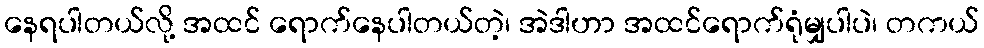
နေရပါတယ်လို့ အထင် ရောက်နေပါတယ်တဲ့၊ အဲဒါဟာ အထင်ရောက်ရုံမျှပါပဲ၊ တကယ်